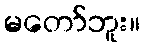
မတော်ဘူး။